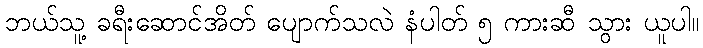
ဘယ်သူ့ ခရီးဆောင်အိတ် ပျောက်သလဲ နံပါတ် ၅ ကားဆီ သွား ယူပါ။